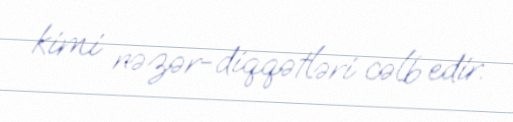
kimi nəzər-diqqətləri cəlb edir.